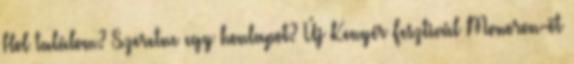
Hol találom? Szeretne egy honlapot? Új Kenyér Fesztivál Monoron-öt